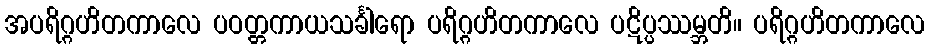
အပရိဂ္ဂဟိတကာလေ ပဝတ္တကာယသင်္ခါရော ပရိဂ္ဂဟိတကာလေ ပဋိပ္ပဿမ္ဘတိ။ ပရိဂ္ဂဟိတကာလေ